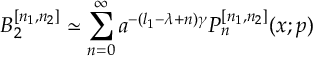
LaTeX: B _ { 2 } ^ { [ n _ { 1 } , n _ { 2 } ] } \simeq \sum _ { n = 0 } ^ { \infty } a ^ { - ( l _ { 1 } - \lambda + n ) \gamma } P _ { n } ^ { [ n _ { 1 } , n _ { 2 } ] } ( x ; p )